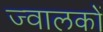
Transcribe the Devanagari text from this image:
ज्वालकों